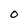
Character: O